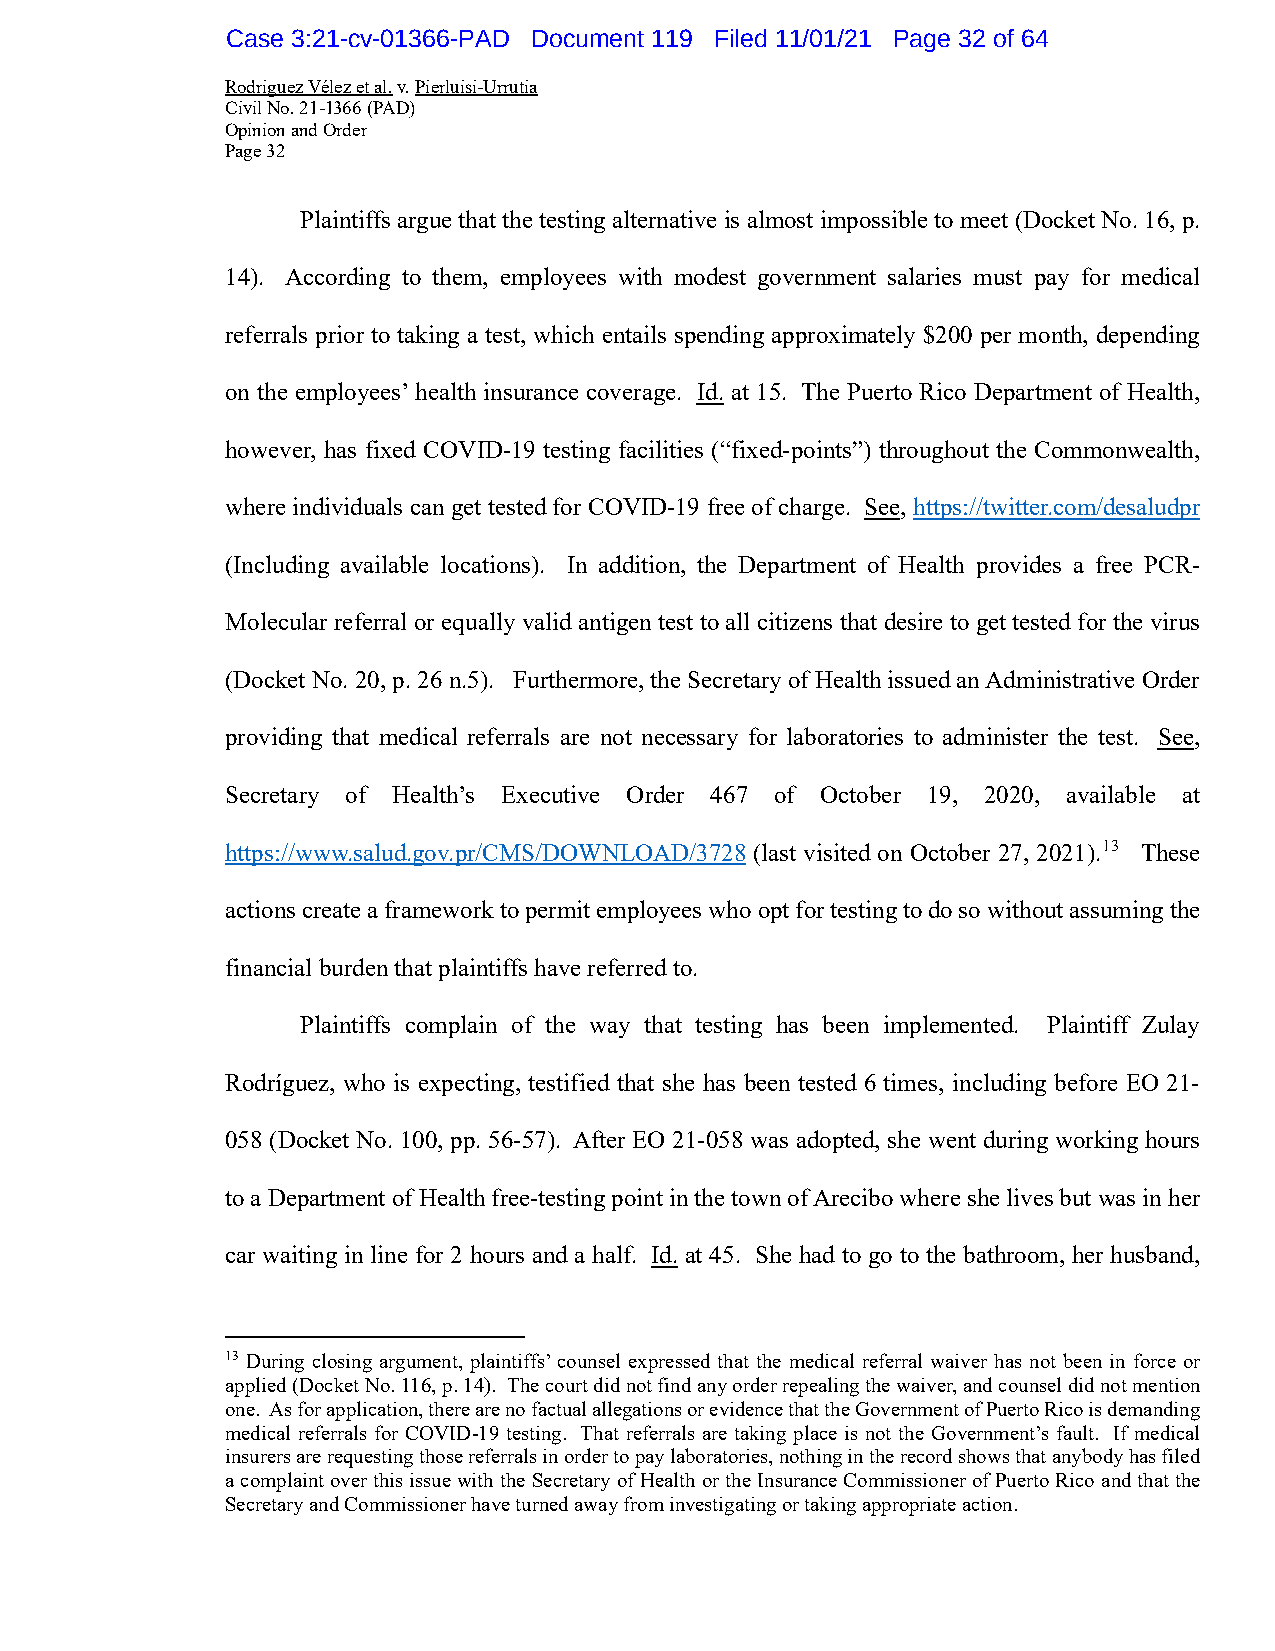
Case 3:21-cv-01366-PAD Document 119 Filed 11/01/21 Page 32 of 64
 Rodriguez Vélez et al. v. Pierluisi-Urrutia
 Civil No. 21-1366 (PAD)
 Opinion and Order
 Page 32
 Plaintiffs argue that the testing alternative is almost impossible to meet (Docket No. 16, p.
 14). According to them, employees with modest government salaries must pay for medical
 referrals prior to taking a test, which entails spending approximately $200 per month, depending
 on the employees’ health insurance coverage. Id. at 15. The Puerto Rico Department of Health,
 however, has fixed COVID-19 testing facilities (“fixed-points”) throughout the Commonwealth,
 where individuals can get tested for COVID-19 free of charge. See, https://twitter.com/desaludpr
 (Including available locations). In addition, the Department of Health provides a free PCR-
 Molecular referral or equally valid antigen test to all citizens that desire to get tested for the virus
 (Docket No. 20, p. 26 n.5). Furthermore, the Secretary of Health issued an Administrative Order
 providing that medical referrals are not necessary for laboratories to administer the test. See,
 Secretary of Health’s Executive Order 467 of October 19, 2020, available at
 https://www.salud.gov.pr/CMS/DOWNLOAD/3728 (last visited on October 27, 2021).13 These
 actions create a framework to permit employees who opt for testing to do so without assuming the
 financial burden that plaintiffs have referred to.
 Plaintiffs complain of the way that testing has been implemented. Plaintiff Zulay
 Rodríguez, who is expecting, testified that she has been tested 6 times, including before EO 21-
 058 (Docket No. 100, pp. 56-57). After EO 21-058 was adopted, she went during working hours
 to a Department of Health free-testing point in the town of Arecibo where she lives but was in her
 car waiting in line for 2 hours and a half. Id. at 45. She had to go to the bathroom, her husband,
 13 During closing argument, plaintiffs’ counsel expressed that the medical referral waiver has not been in force or
 applied (Docket No. 116, p. 14). The court did not find any order repealing the waiver, and counsel did not mention
 one. As for application, there are no factual allegations or evidence that the Government of Puerto Rico is demanding
 medical referrals for COVID-19 testing. That referrals are taking place is not the Government’s fault. If medical
 insurers are requesting those referrals in order to pay laboratories, nothing in the record shows that anybody has filed
 a complaint over this issue with the Secretary of Health or the Insurance Commissioner of Puerto Rico and that the
 Secretary and Commissioner have turned away from investigating or taking appropriate action.